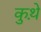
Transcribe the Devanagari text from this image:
कुथ़े